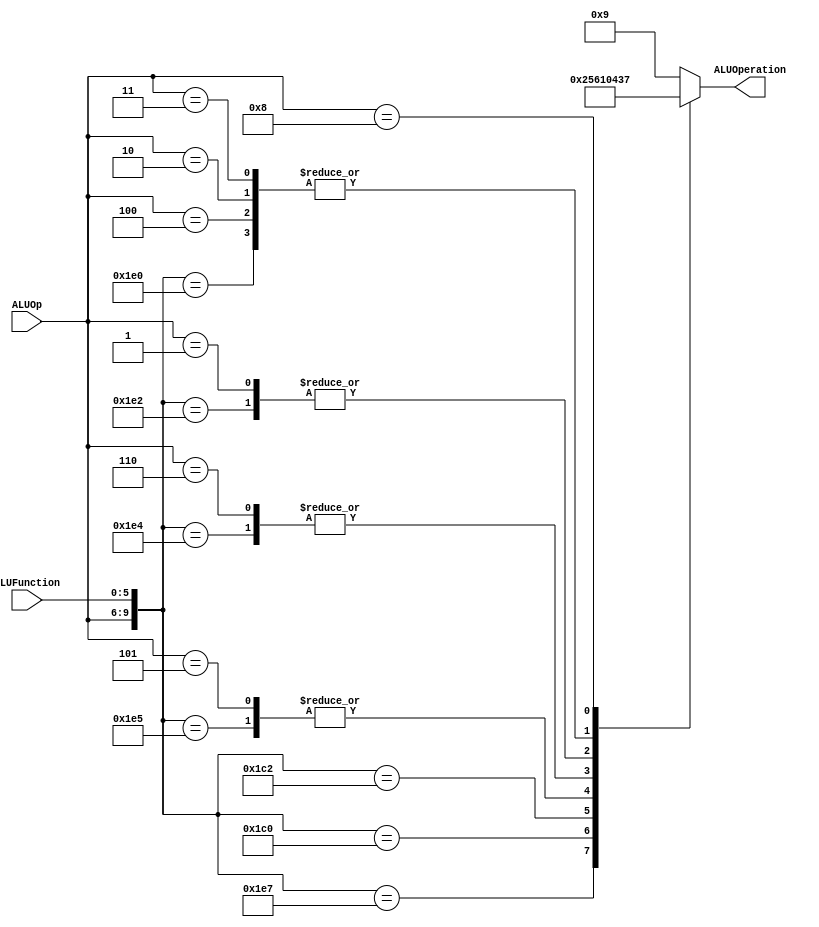
/******************************************************************
* Description
*	This is the control unit for the ALU. It receves an signal called
*	ALUOp from the control unit and a signal called ALUFunction from
*	the intrctuion field named function.
* Version:
*	1.0
* Author:
*	Dr. Jos Luis Pizano Escalante
* email:
*	luispizano@iteso.mx
* Date:
*	01/03/2014
******************************************************************/
module ALUControl
(
	input [3:0] ALUOp,
	input [5:0] ALUFunction,
	output [3:0] ALUOperation
);

localparam R_Type_AND    		= 10'b0111_100100;
localparam R_Type_OR     		= 10'b0111_100101;
localparam R_Type_NOR    		= 10'b0111_100111;
localparam R_Type_ADD    		= 10'b0111_100000;
localparam R_Type_SUB			= 10'b0111_100010;
localparam R_Type_SLL	 		= 10'b0111_000000;
localparam R_Type_SRL	 		= 10'b0111_000010;
localparam I_Type_ADDI  		= 10'b0100_xxxxxx;
localparam I_Type_ORI    		= 10'b0101_xxxxxx;
localparam I_Type_ANDI   		= 10'b0110_xxxxxx;
localparam I_Type_BEQandBNE 	= 10'b0001_xxxxxx;
localparam I_Type_LW			= 10'b0010_xxxxxx;
localparam I_Type_SW			= 10'b0011_xxxxxx;
localparam I_Type_LUI			= 10'b1000_xxxxxx;



reg [3:0] ALUControlValues;
wire [9:0] Selector;

assign Selector = {ALUOp, ALUFunction};

always@(Selector)begin
	casex(Selector)
		R_Type_AND:    		    ALUControlValues = 4'b0000;
		R_Type_OR: 				ALUControlValues = 4'b0001;
		R_Type_NOR:				ALUControlValues = 4'b0010;
		R_Type_ADD:				ALUControlValues = 4'b0011;
		R_Type_SUB: 			ALUControlValues = 4'b0100;
		R_Type_SLL:				ALUControlValues = 4'b0101;
		R_Type_SRL:				ALUControlValues = 4'b0110;
		I_Type_ADDI:			ALUControlValues = 4'b0011;
		I_Type_ORI:				ALUControlValues = 4'b0001;
		I_Type_ANDI:   		    ALUControlValues = 4'b0000;
		I_Type_BEQandBNE:		ALUControlValues = 4'b0100;
		I_Type_LW:				ALUControlValues = 4'b0011;
		I_Type_SW:				ALUControlValues = 4'b0011;
		I_Type_LUI:				ALUControlValues = 4'b0111;
		default: ALUControlValues = 4'b1001;
	endcase
end

assign ALUOperation = ALUControlValues;

endmodule
//alucontrol//